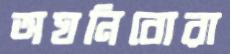
অঘনিবোরা